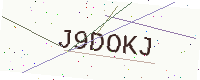
Text: J9DOKJ